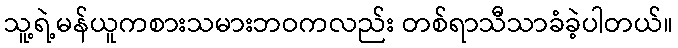
သူ့ရဲ့မန်ယူကစားသမားဘဝကလည်း တစ်ရာသီသာခံခဲ့ပါတယ်။